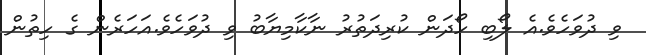
ވި ދުވަހެވެ.އެ ލޯބި ހޯދަން ކުރިދަތުރު ނާކާމިޔާބު ވި ދުވަހެވެ.އަހަރެން ގެ ހިތުން